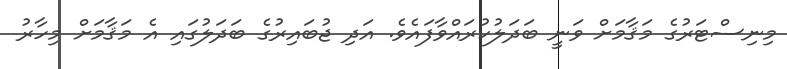
މިނިސްޓަރުގެ މަޤާމަށް ވަނީ ބަދަލުކުރައްވާފައެވެ. އަދި ޖުބައިރުގެ ބަދަލުގައި އެ މަޤާމަށް މިހާރު